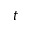
t